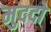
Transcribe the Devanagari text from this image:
मुददो